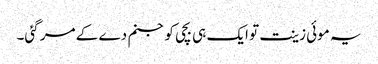
یہ موئی زینت تو ایک ہی بچی کو جنم دے کے مر گئی۔